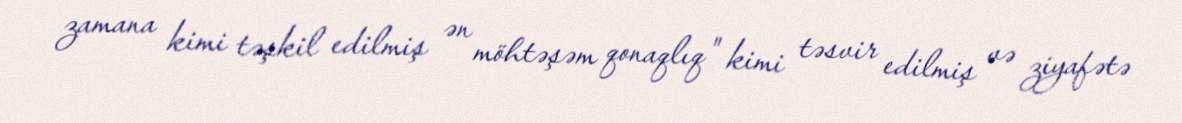
zamana kimi təşkil edilmiş ən möhtəşəm qonaqlıq" kimi təsvir edilmiş və ziyafətə